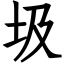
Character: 圾